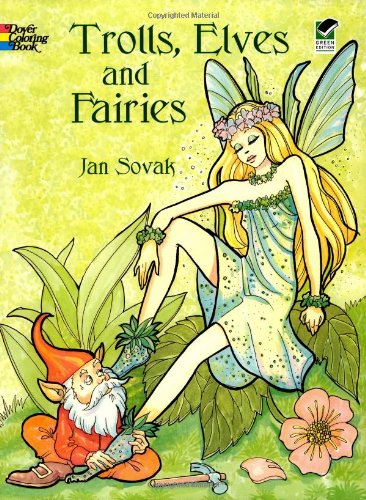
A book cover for Trolls, Elves and Fairies (Dover Coloring Books); Jan Sovak; Children's Books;